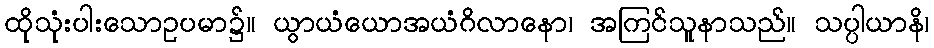
ထိုသုံးပါးသောဥပမာ၌။ ယွာယံယောအယံဂိလာနော၊ အကြင်သူနာသည်။ သပ္ပါယာနိ၊